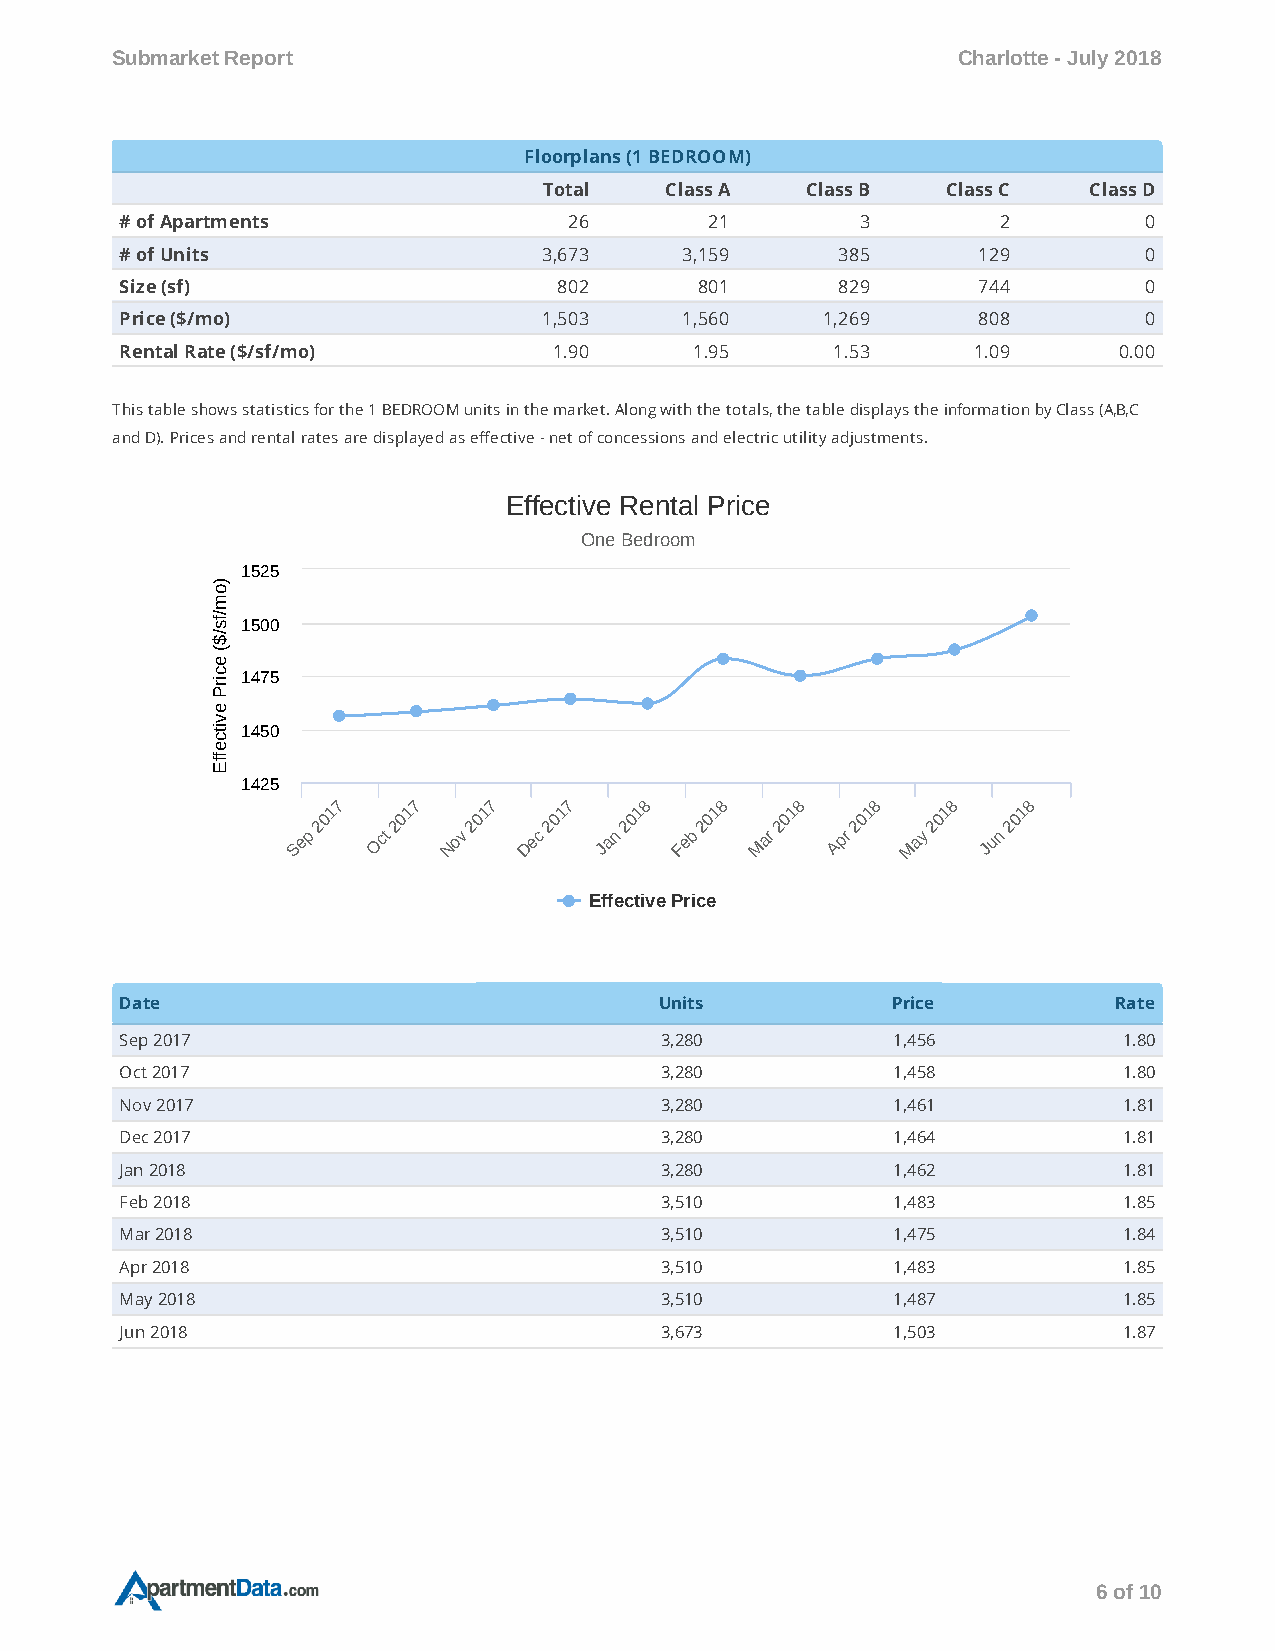
Submarket Report                                        Charlotte - July 2018
 Floorplans (1 BEDROOM)
 Total   Class A  Class B   Class C  Class D
 # of Apartments               26       21        3        2         0
 # of Units                  3,673    3,159     385       129        0
 Size (sf)                    802      801      829       744        0
 Price ($/mo)                1,503    1,560    1,269      808        0
 Rental Rate ($/sf/mo)        1.90     1.95     1.53     1.09      0.00
 This table shows statistics for the 1 BEDROOM units in the market. Along with the totals, the table displays the information by Class (A,B,C
 and D). Prices and rental rates are displayed as eective - net of concessions and electric utility adjustments.
 Effective Rental Price
 One Bedroom
 1525
 o)
 m
 sf/
 1500
 $/
 e
 (
 c Pri 1475
 e
 v
 cti 1450
 e
 Eff
 1425
 7    7    7    7     8    8    8    8    8    8
 1    1    1    1    1    1    1    1    1    1
 0    0    0     0    0    0    0    0    0    0
 2    2    2    2    2    2    2    2     2    2
 Sep   Oct  Nov  Dec  Jan  Feb  Mar  Apr  May  Jun
 Effective Price
 Date                                Units          Price          Rate
 Sep 2017                            3,280          1,456          1.80
 Oct 2017                            3,280          1,458          1.80
 Nov 2017                            3,280          1,461          1.81
 Dec 2017                            3,280          1,464          1.81
 Jan 2018                            3,280          1,462          1.81
 Feb 2018                            3,510          1,483          1.85
 Mar 2018                            3,510          1,475          1.84
 Apr 2018                            3,510          1,483          1.85
 May 2018                            3,510          1,487          1.85
 Jun 2018                            3,673          1,503          1.87
 6 of 10